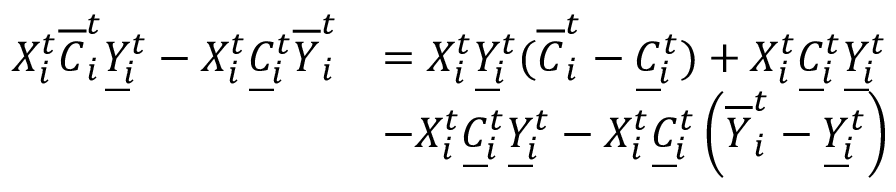
\begin{array} { r l } { X _ { i } ^ { t } \overline { { C } } _ { i } ^ { t } \underbar { Y } _ { i } ^ { t } - X _ { i } ^ { t } \underbar { C } _ { i } ^ { t } { \overline { { Y } } _ { i } ^ { t } } } & { = X _ { i } ^ { t } \underbar { Y } _ { i } ^ { t } ( \overline { { C } } _ { i } ^ { t } - \underbar { C } _ { i } ^ { t } ) + X _ { i } ^ { t } \underbar { C } _ { i } ^ { t } \underbar { Y } _ { i } ^ { t } } \\ & { - X _ { i } ^ { t } \underbar { C } _ { i } ^ { t } \underbar { Y } _ { i } ^ { t } - X _ { i } ^ { t } \underbar { C } _ { i } ^ { t } \left( \overline { { Y } } _ { i } ^ { t } - \underbar { Y } _ { i } ^ { t } \right) } \end{array}